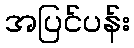
အပြင်ပန်း